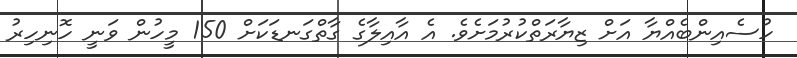
ހުސެއިންބެއްޔާ އަށް ޒިޔާރަތްކުރުމަށެވެ. އެ އާއިލާގެ ގާތްގަނޑަކަށް 150 މީހުން ވަނީ ހޮނިހިރު